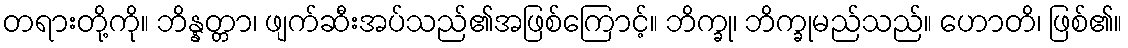
တရားတို့ကို။ ဘိန္နတ္တာ၊ ဖျက်ဆီးအပ်သည်၏အဖြစ်ကြောင့်။ ဘိက္ခု၊ ဘိက္ခုမည်သည်။ ဟောတိ၊ ဖြစ်၏။